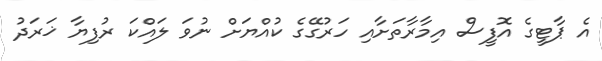
އެ ޕާޓީގެ އޮފީސް އިމާރާތަށާއި ހަރުގޭގެ ކުއްޔަށް ނުވަ ލައްކަ ރުފިޔާ ޚަރަދު